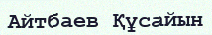
Айтбаев Құсайын